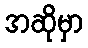
အဆိုမှာ